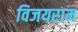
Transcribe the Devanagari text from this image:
विजयराम